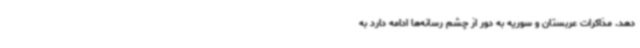
دهد. مذاکرات عربستان و سوریه به دور از چشم رسانه‌ها ادامه دارد به